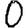
Digit: 0